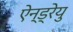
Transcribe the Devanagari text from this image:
ऐन्ड्रेयु